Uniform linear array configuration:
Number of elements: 4
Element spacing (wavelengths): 1
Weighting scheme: hamming
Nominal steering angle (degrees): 0
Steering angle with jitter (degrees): -0.195
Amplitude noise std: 0.05
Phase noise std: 0.05

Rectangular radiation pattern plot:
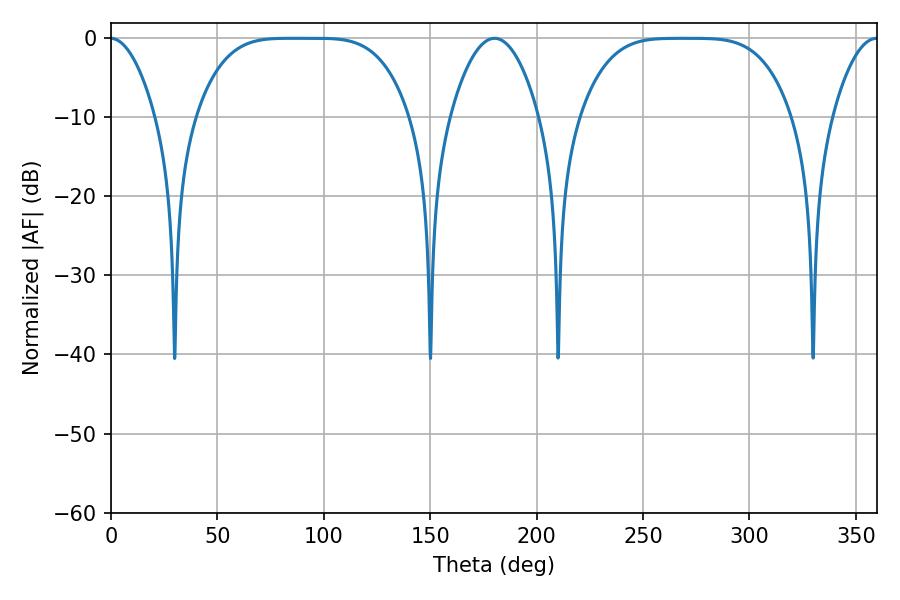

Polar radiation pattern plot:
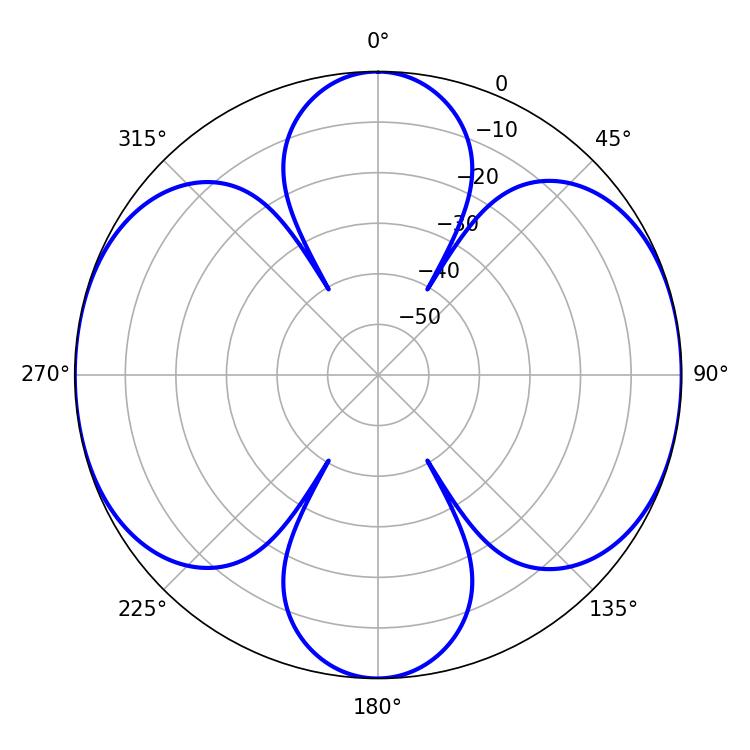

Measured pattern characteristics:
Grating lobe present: TRUE
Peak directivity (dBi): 20.169
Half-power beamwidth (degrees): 74.52
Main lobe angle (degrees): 84.78